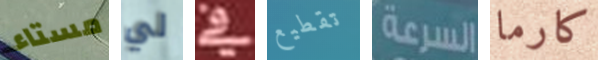
مستاء لي في تقطيع السرعة كارما